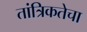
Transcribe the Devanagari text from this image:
तांत्रिकतेचा